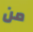
من